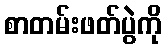
စာတမ်းဖတ်ပွဲကို